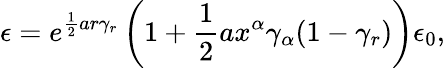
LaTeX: \epsilon=e^{\frac{1}{2}ar\gamma_{r}}\left(1+\frac{1}{2}ax^{\alpha}\gamma_{\alpha}(1-\gamma_{r})\right)\epsilon_{0},